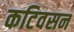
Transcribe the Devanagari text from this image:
कटिवसन